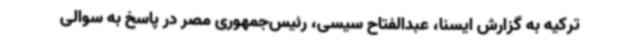
ترکیه به گزارش ایسنا، عبدالفتاح سیسی، رئیس‌جمهوری مصر در پاسخ به سوالی